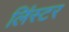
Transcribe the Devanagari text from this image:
लिंस्टर